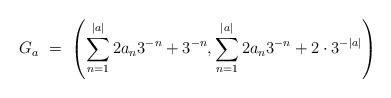
LaTeX: \begin{align*} G_a \ = \ \left( \sum_{n=1}^{\vert a \vert} 2a_n3^{-n}+3^{-n}, \sum_{n=1}^{\vert a \vert} 2a_n3^{-n} + 2 \cdot 3^{-\vert a \vert } \right) \end{align*}